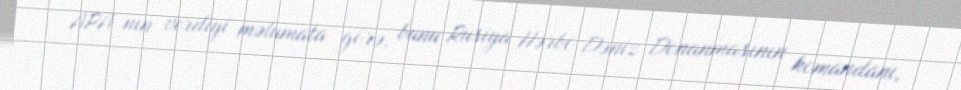
APA-nın verdiyi məlumata görə, bunu Rusiya Hərbi-Dəniz Donanmasının komandanı,